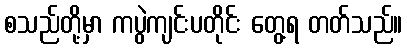
စသည်တို့မှာ ကပွဲကျင်းပတိုင်း တွေ့ရ တတ်သည်။